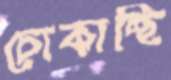
চোকাচ্ছি